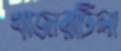
খাজারটিলা